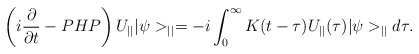
\begin{align*}\left(i\frac{\partial}{\partial t}-PHP\right)U_{||}|\psi>_{||}=-i\int_{0}^{\infty}K(t-\tau)U_{||}(\tau)|\psi>_{||}d\tau.\end{align*}